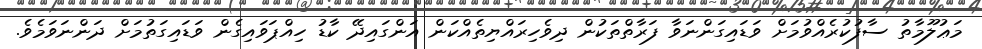
މަޢުލޫމާތު ސާފުކުރެއްވުމަށް ވަޑައިގަންނަވާ ފަރާތްތަކުން ދިވެހިރައްޔިތެއްކަން އަންގައިދޭ ކާޑު ހިއްޕަވައިގެން ވަޑައިގަތުމަށް ދަންނަވަމެވެ.